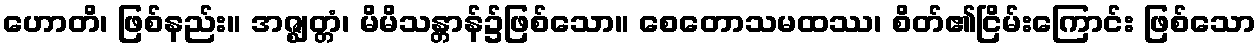
ဟောတိ၊ ဖြစ်နည်း။ အဇ္ဈတ္တံ၊ မိမိသန္တာန်၌ဖြစ်သော။ စေတောသမထဿ၊ စိတ်၏ငြိမ်းကြောင်း ဖြစ်သော